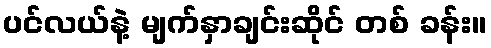
ပင်လယ်နဲ့ မျက်နှာချင်းဆိုင် တစ် ခန်း။